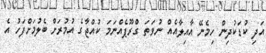
އަދި ކުޑަކުދިން ހިމެނޭ އާއިލާއެއް ނުވަތަ ގްރޫޕެއްނަމަ ކުއްޖާގެ އުމުރަށް ބެލުމަށްފަހު އެ